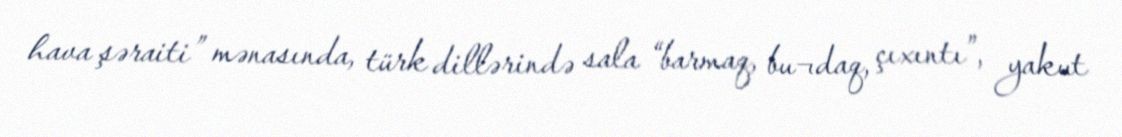
hava şəraiti” mənasında, türk dillərində sala “barmaq, bu¬daq, çıxıntı”, yakut